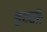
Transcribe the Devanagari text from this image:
बृहतीः